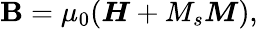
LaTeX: {\boldsymbol{\mathbf{B}}}=\mu_{0}({\boldsymbol{H}}+M_{s}{\boldsymbol{M}}),